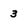
Character: 3